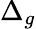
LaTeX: \Delta_{g}